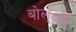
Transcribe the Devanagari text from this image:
बोल््ड